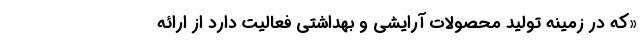
«که در زمینه تولید محصولات آرایشی و بهداشتی فعالیت دارد از ارائه